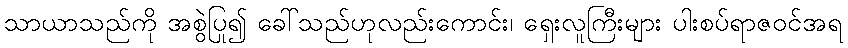
သာယာသည်ကို အစွဲပြု၍ ခေါ်သည်ဟုလည်းကောင်း၊ ရှေးလူကြီးများ ပါးစပ်ရာဇဝင်အရ